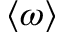
\langle \omega \rangle